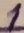
Text: 1